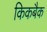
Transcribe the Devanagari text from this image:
किकबैक